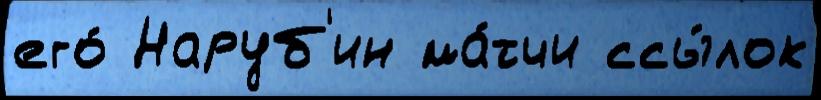
его́ Наруб'ин ма́тчи ссы́лок